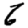
Digit: 6